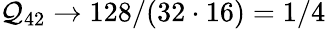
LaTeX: \mathcal{Q}_{42}\to 128/(32\cdot 16)=1/4